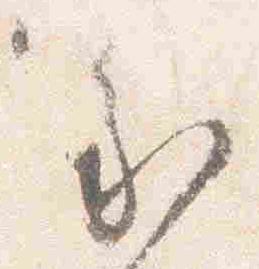
家